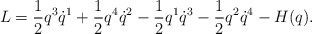
\begin{align*}L = \frac{1}{2} q^3 \dot q^1 + \frac{1}{2} q^4 \dot q^2 - \frac{1}{2} q^1 \dot q^3 - \frac{1}{2} q^2 \dot q^4 - H(q).\end{align*}